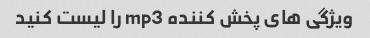
ویژگی های پخش کننده mp3 را لیست کنید